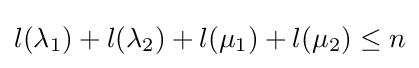
l(\lambda _{1})+l(\lambda _{2})+l(\mu _{1})+l(\mu _{2})\leq n